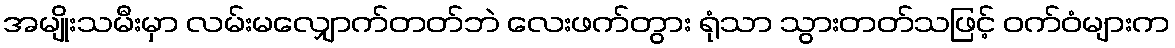
အမျိုးသမီးမှာ လမ်းမလျှောက်တတ်ဘဲ လေးဖက်တွား ရုံသာ သွားတတ်သဖြင့် ဝက်ဝံများက